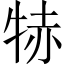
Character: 𤙮